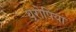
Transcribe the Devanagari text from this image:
थूरोपिया